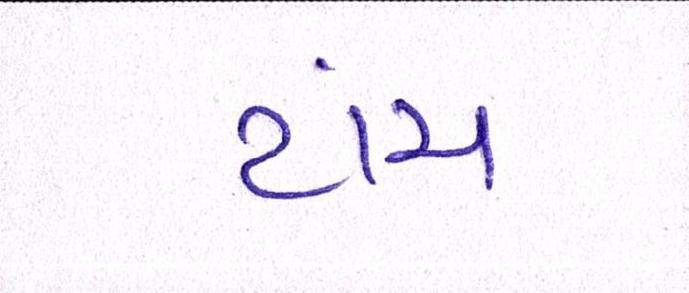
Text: ટાંચ